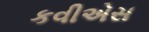
કવીએસ